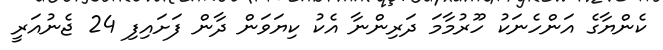
ކެންޔާގެ އަންހެނަކު ހޫރުމާމަ ދަރިންނާ އެކު ކިޔަވަން ދާން ފަށައިފި 24 ޖެނުއަރީ